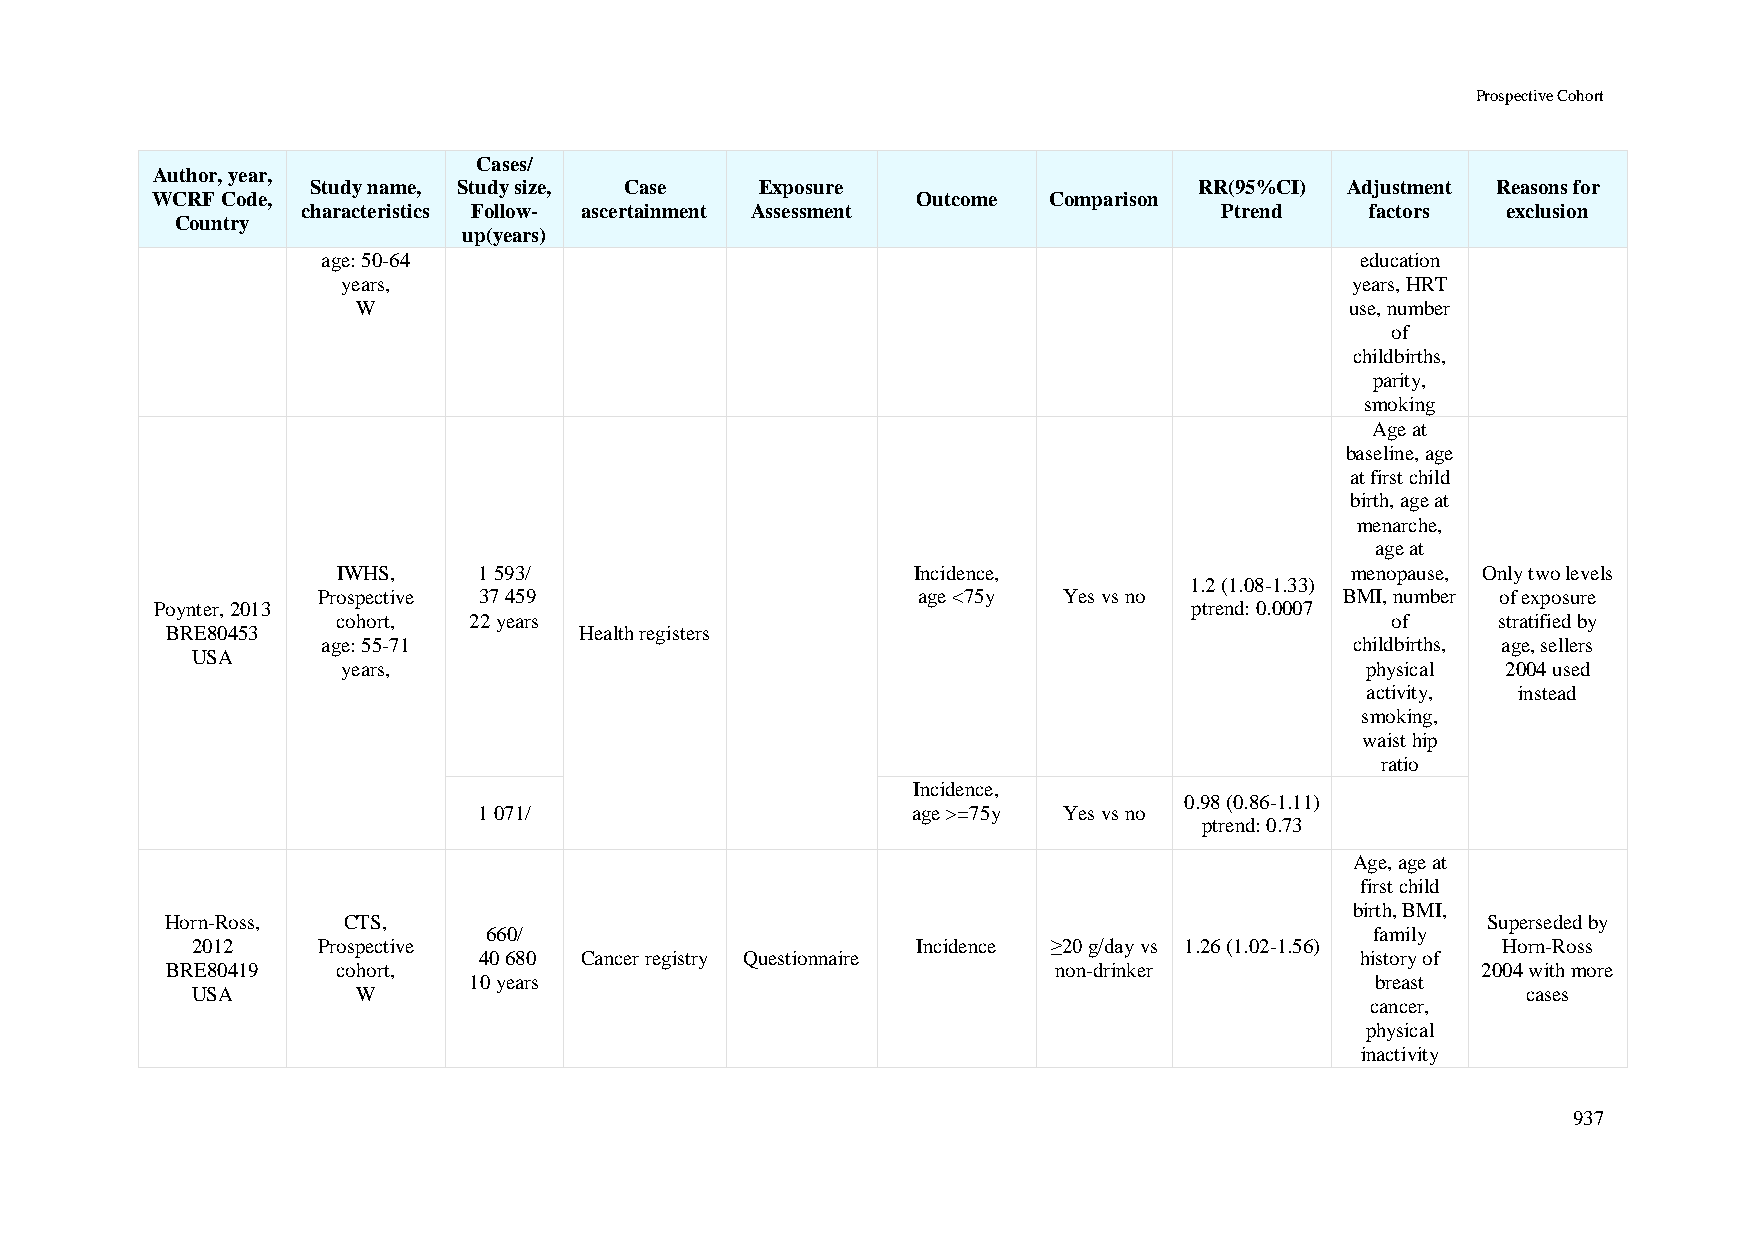
Prospective Cohort
 Cases/
 Author, year,
 Study name, Study size, Case Exposure                     RR(95%CI) Adjustment Reasons for
 WCRF Code,                                         Outcome Comparison
 characteristics Follow- ascertainment Assessment             Ptrend    factors  exclusion
 Country
 up(years)
 age: 50-64                                                           education
 years,                                                            years, HRT
 W                                                                use, number
 of
 childbirths,
 parity,
 smoking
 Age at
 baseline, age
 at first child
 birth, age at
 menarche,
 age at
 IWHS,     1 593/                      Incidence,                   menopause, Only two levels
 1.2 (1.08-1.33)
 Prospective 37 459                      age <75y Yes vs no          BMI, number of exposure
 Poynter, 2013                                                        ptrend: 0.0007
 cohort,  22 years                                                     of     stratified by
 BRE80453                   Health registers
 age: 55-71                                                           childbirths, age, sellers
 USA
 years,                                                             physical  2004 used
 activity, instead
 smoking,
 waist hip
 ratio
 Incidence,
 0.98 (0.86-1.11)
 1 071/                      age >=75y Yes vs no
 ptrend: 0.73
 Age, age at
 first child
 birth, BMI,
 Horn-Ross,  CTS,                                                                       Superseded by
 660/                                                       family
 2012    Prospective                             Incidence ≥20 g/day vs 1.26 (1.02-1.56) Horn-Ross
 40 680 Cancer registry Questionnaire                      history of
 BRE80419   cohort,                                         non-drinker                 2004 with more
 10 years                                                    breast
 USA        W                                                                            cases
 cancer,
 physical
 inactivity
 937